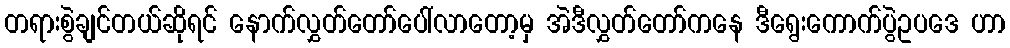
တရားစွဲချင်တယ်ဆိုရင် နောက်လွှတ်တော်ပေါ်လာတော့မှ အဲဒီလွှတ်တော်ကနေ ဒီရွေးကောက်ပွဲဥပဒေ ဟာ